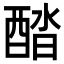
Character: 𨡍